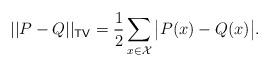
LaTeX: \begin{align*}||P-Q||_{\mathsf{TV}}=\frac{1}{2}\sum_{x\in\mathcal{X}}\big|P(x)-Q(x)\big|.\end{align*}